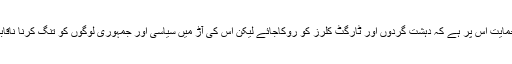
ہم سب کی حمایت اس پر ہے کہ دہشت گردوں اور ٹارگٹ کلرز کو روکاجائے لیکن اس کی آڑ میں سیاسی اور جمہوری لوگوں کو تنگ کرنا ناقابل قبول ہے ۔